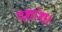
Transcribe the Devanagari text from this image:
दशांश।